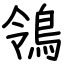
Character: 鴒